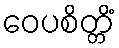
ဝေပစိတ္တိံ